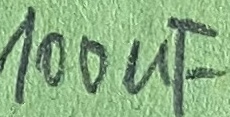
Text: 100µF